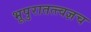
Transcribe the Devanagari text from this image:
भूपुरातत्त्वज्ञच